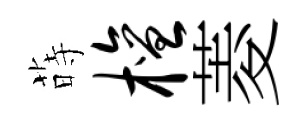
蒔檀菱